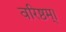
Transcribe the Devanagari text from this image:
वरिष्ठम्‌।